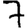
Digit: 7